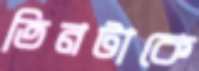
তিনটাকে